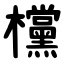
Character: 欓